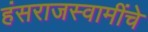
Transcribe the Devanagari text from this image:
हंसराजस्वामींचे